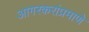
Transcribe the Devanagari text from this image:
आगरकरांप्रमाणे